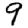
Digit: 9